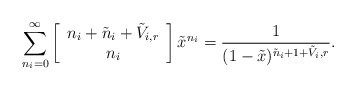
\begin{align*}\sum_{n_i=0}^{\infty}\left[\begin{array}{c}n_i+\tilde{n}_i+\tilde{V}_{i,r} \\ n_i \end{array} \right]\tilde x^{n_i}=\frac{1}{(1-\tilde x)^{\tilde n_i+1+\tilde{V}_i,r}}.\end{align*}